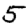
Digit: 5